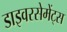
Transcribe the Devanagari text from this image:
डाइवरसेमेंट्स